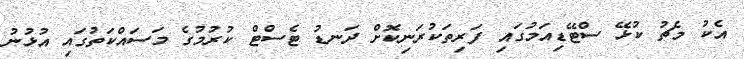
އެކު މެޗު ކުޅޭ ސްޓޭޑިއަމުގައި ފަރިތަކުރަނިކޮށް ދަނޑު ޓެސްޓް ކުރުމުގެ މަސައްކަތުގައި އުޅުނު